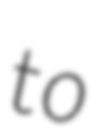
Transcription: to